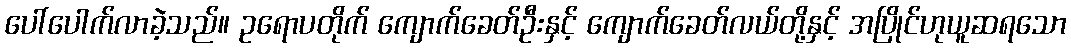
ပေါ်ပေါက်လာခဲ့သည်။ ဥရောပတိုက် ကျောက်ခေတ်ဦးနှင့် ကျောက်ခေတ်လယ်တို့နှင့် အပြိုင်ဟုယူဆရသော